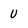
Character: U